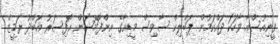
ވީނިއުސްއާ ވާހަކަ ދައްކަމުން ޕަބްލިކް ސާވިސް މީޑިއާގެ އިންފޮމޭޝަން އޮފިސަރު އަބްދު ރަމީޒް